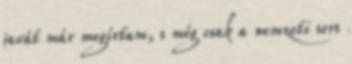
javát már megírtam, s még csak a nemzeti sors